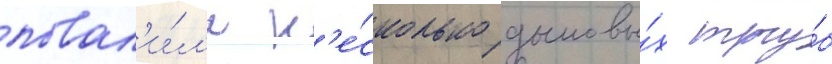
повал'и́л'и н'е́сколько дымовы́х тру́б